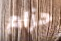
حزام